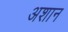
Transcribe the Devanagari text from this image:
अशान